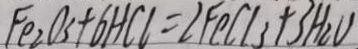
F e _ { 2 } O _ { 3 } + 6 H C l = 2 F e C l _ { 3 } + 3 H _ { 2 } O